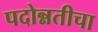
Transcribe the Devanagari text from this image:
पदोन्नतीचा